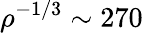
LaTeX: \rho^{-1/3}\sim 270